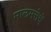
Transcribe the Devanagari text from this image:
मालमत्तेचें